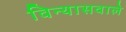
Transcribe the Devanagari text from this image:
विन्यासवाले